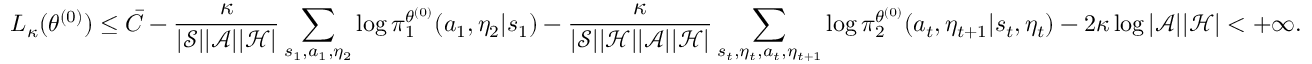
L _ { \kappa } ( \theta ^ { ( 0 ) } ) \le \bar { C } - \frac { \kappa } { | \mathcal { S } | | \mathcal { A } | | \mathcal { H } | } \sum _ { s _ { 1 } , a _ { 1 } , \eta _ { 2 } } \log \pi _ { 1 } ^ { \theta ^ { ( 0 ) } } ( a _ { 1 } , \eta _ { 2 } | s _ { 1 } ) - \frac { \kappa } { | \mathcal { S } | | \mathcal { H } | | \mathcal { A } | | \mathcal { H } | } \sum _ { s _ { t } , \eta _ { t } , a _ { t } , \eta _ { t + 1 } } \log \pi _ { 2 } ^ { \theta ^ { ( 0 ) } } ( a _ { t } , \eta _ { t + 1 } | s _ { t } , \eta _ { t } ) - 2 \kappa \log | \mathcal { A } | | \mathcal { H } | < + \infty .